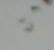
Signature authenticity: genuine